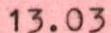
13.03